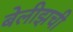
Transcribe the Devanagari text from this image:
बेलीझची